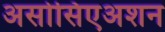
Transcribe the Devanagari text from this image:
असोसिएअशन